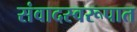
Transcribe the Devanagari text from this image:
संवादस्वरूपात